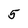
Character: 5